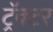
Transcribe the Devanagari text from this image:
ट्रॅक्‍टर